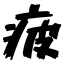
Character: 疲